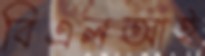
বিএলআই